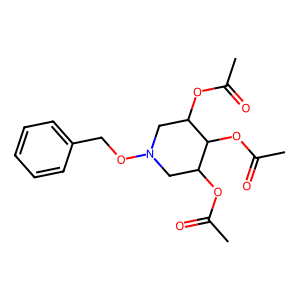
SMILES: CC(=O)OC1CN(OCc2ccccc2)CC(OC(C)=O)C1OC(C)=O
Inhibits HIV replication: No